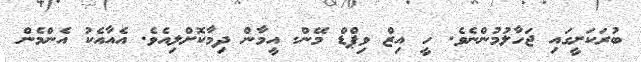
ބުރަކަށީގައި ޖަހާލުމުންނެވެ. ހީ އިޒް ވިޕްޑް މޭން. އީމާން ދިމާކޮށްލިއެވެ. އެއާއެކު އެންމެން